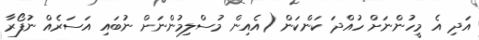
އަދި އެ މީހުންނަށް ހުއްދަ ކަންކަން (އެއިން މުސްލިމުންނަށް ނުބައި އަސަރެއް ނުފޯރާ